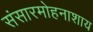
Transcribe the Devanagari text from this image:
संसारमोहनाशाय